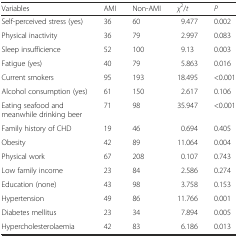
<table><thead><tr><td><b>Variables</b></td><td><b>AMI</b></td><td><b>Non-AMI</b></td><td><b><i>χ</i><sup>2</sup>/<i>t</i></b></td><td><b><i>P</i></b></td></tr></thead><tbody><tr><td>Self-perceived stress (yes)</td><td>36</td><td>60</td><td>9.477</td><td>0.002</td></tr><tr><td>Physical inactivity</td><td>36</td><td>79</td><td>2.997</td><td>0.083</td></tr><tr><td>Sleep insufficience</td><td>52</td><td>100</td><td>9.13</td><td>0.003</td></tr><tr><td>Fatigue (yes)</td><td>40</td><td>79</td><td>5.863</td><td>0.016</td></tr><tr><td>Current smokers</td><td>95</td><td>193</td><td>18.495</td><td>&lt;0.001</td></tr><tr><td>Alcohol consumption (yes)</td><td>61</td><td>150</td><td>2.617</td><td>0.106</td></tr><tr><td>Eating seafood and meanwhile drinking beer</td><td>71</td><td>98</td><td>35.947</td><td>&lt;0.001</td></tr><tr><td>Family history of CHD</td><td>19</td><td>46</td><td>0.694</td><td>0.405</td></tr><tr><td>Obesity</td><td>42</td><td>89</td><td>11.064</td><td>0.004</td></tr><tr><td>Physical work</td><td>67</td><td>208</td><td>0.107</td><td>0.743</td></tr><tr><td>Low family income</td><td>23</td><td>84</td><td>2.586</td><td>0.274</td></tr><tr><td>Education (none)</td><td>43</td><td>98</td><td>3.758</td><td>0.153</td></tr><tr><td>Hypertension</td><td>49</td><td>86</td><td>11.766</td><td>0.001</td></tr><tr><td>Diabetes mellitus</td><td>23</td><td>34</td><td>7.894</td><td>0.005</td></tr><tr><td>Hypercholesterolaemia</td><td>42</td><td>83</td><td>6.186</td><td>0.013</td></tr></tbody></table>